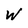
Character: W